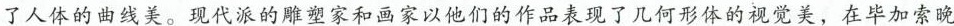
了人体的曲线美。现代派的雕塑家和画家以他们的作品表现了几何形体的视觉美，在毕加索晚